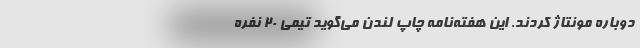
دوباره مونتاژ کردند. این هفته‌نامه چاپ لندن می‌‌گوید تیمی 20 نفره